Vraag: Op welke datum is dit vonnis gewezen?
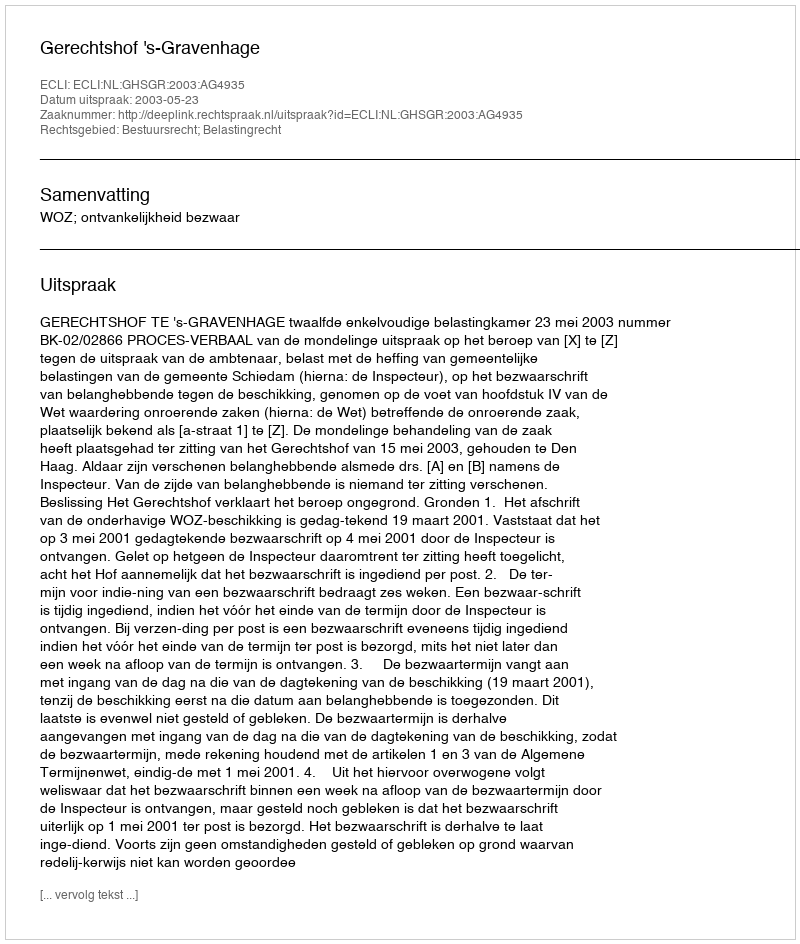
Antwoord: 2003-05-23